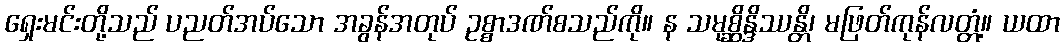
ရှေးမင်းတို့သည် ပညတ်အပ်သော အခွန်အတုပ် ဥစ္စာဒဏ်စသည်ကို။ န သမုစ္ဆိန္ဒိဿန္တိ၊ မဖြတ်ကုန်လတ္တံ့။ ယထာ